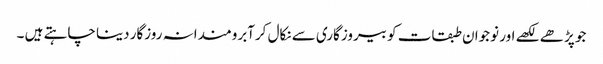
جو پڑھے لکھے اور نوجوان طبقات کو بیروزگاری سے نکال کرآبرومندانہ روزگار دینا چاہتے ہیں ۔